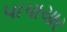
પાપાચાર